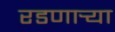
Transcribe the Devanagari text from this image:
रडणार्‍या